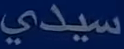
سيدي